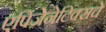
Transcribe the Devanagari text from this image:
एपिजेनेटिक्सचे